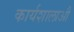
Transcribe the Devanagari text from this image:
कार्यशालाऔ